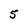
Character: 5